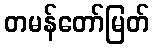
တမန်တော်မြတ်